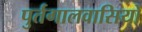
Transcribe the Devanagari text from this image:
पुर्तगालवासियों